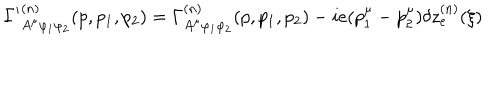
{ \Gamma ^ { \prime } } _ { A ^ { \mu } \varphi _ { 1 } \varphi _ { 2 } } ^ { ( n ) } ( p , p _ { 1 } , p _ { 2 } ) = \Gamma _ { A ^ { \mu } \varphi _ { 1 } \varphi _ { 2 } } ^ { ( n ) } ( p , p _ { 1 } , p _ { 2 } ) - i e ( p _ { 1 } ^ { \mu } - p _ { 2 } ^ { \mu } ) \delta z _ { e } ^ { ( n ) } ( \xi )